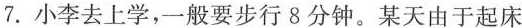
7. 小李去上学，一般要步行 8 分钟。某天由于起床